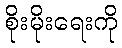
စိုးမိုးရေးကို